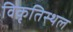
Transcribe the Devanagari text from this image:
विकृतिस्थल